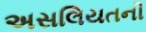
અસલિયતની